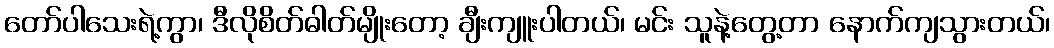
တော်ပါသေးရဲ့ကွာ၊ ဒီလိုစိတ်ဓါတ်မျိုးတော့ ချီးကျူးပါတယ်၊ မင်း သူနဲ့တွေ့တာ နောက်ကျသွားတယ်၊